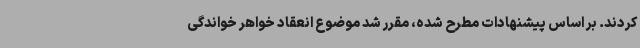
کردند. بر اساس پیشنهادات مطرح شده، مقرر شد موضوع انعقاد خواهر خواندگی